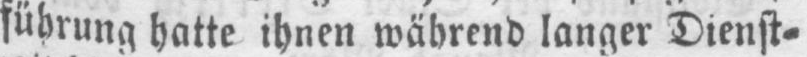
führung hatte ihnen während langer Dienst⸗